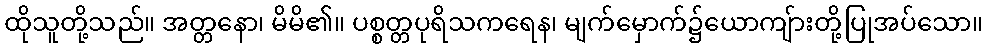
ထိုသူတို့သည်။ အတ္တနော၊ မိမိ၏။ ပစ္စတ္တပုရိသကရေန၊ မျက်မှောက်၌ယောကျ်ားတို့ပြုအပ်သော။